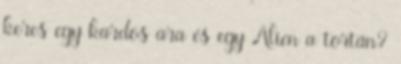
keres egy kardos ara és egy Alien a tortán?